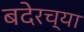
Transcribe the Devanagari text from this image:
बदेरच्या